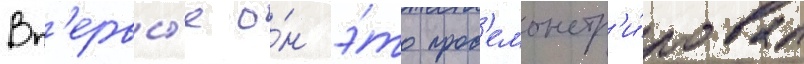
Вп'ервы́е о́н э́то прод'емонстр'и́ровал